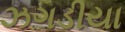
ઝગડીયા